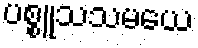
ပစ္စူသသမယေ